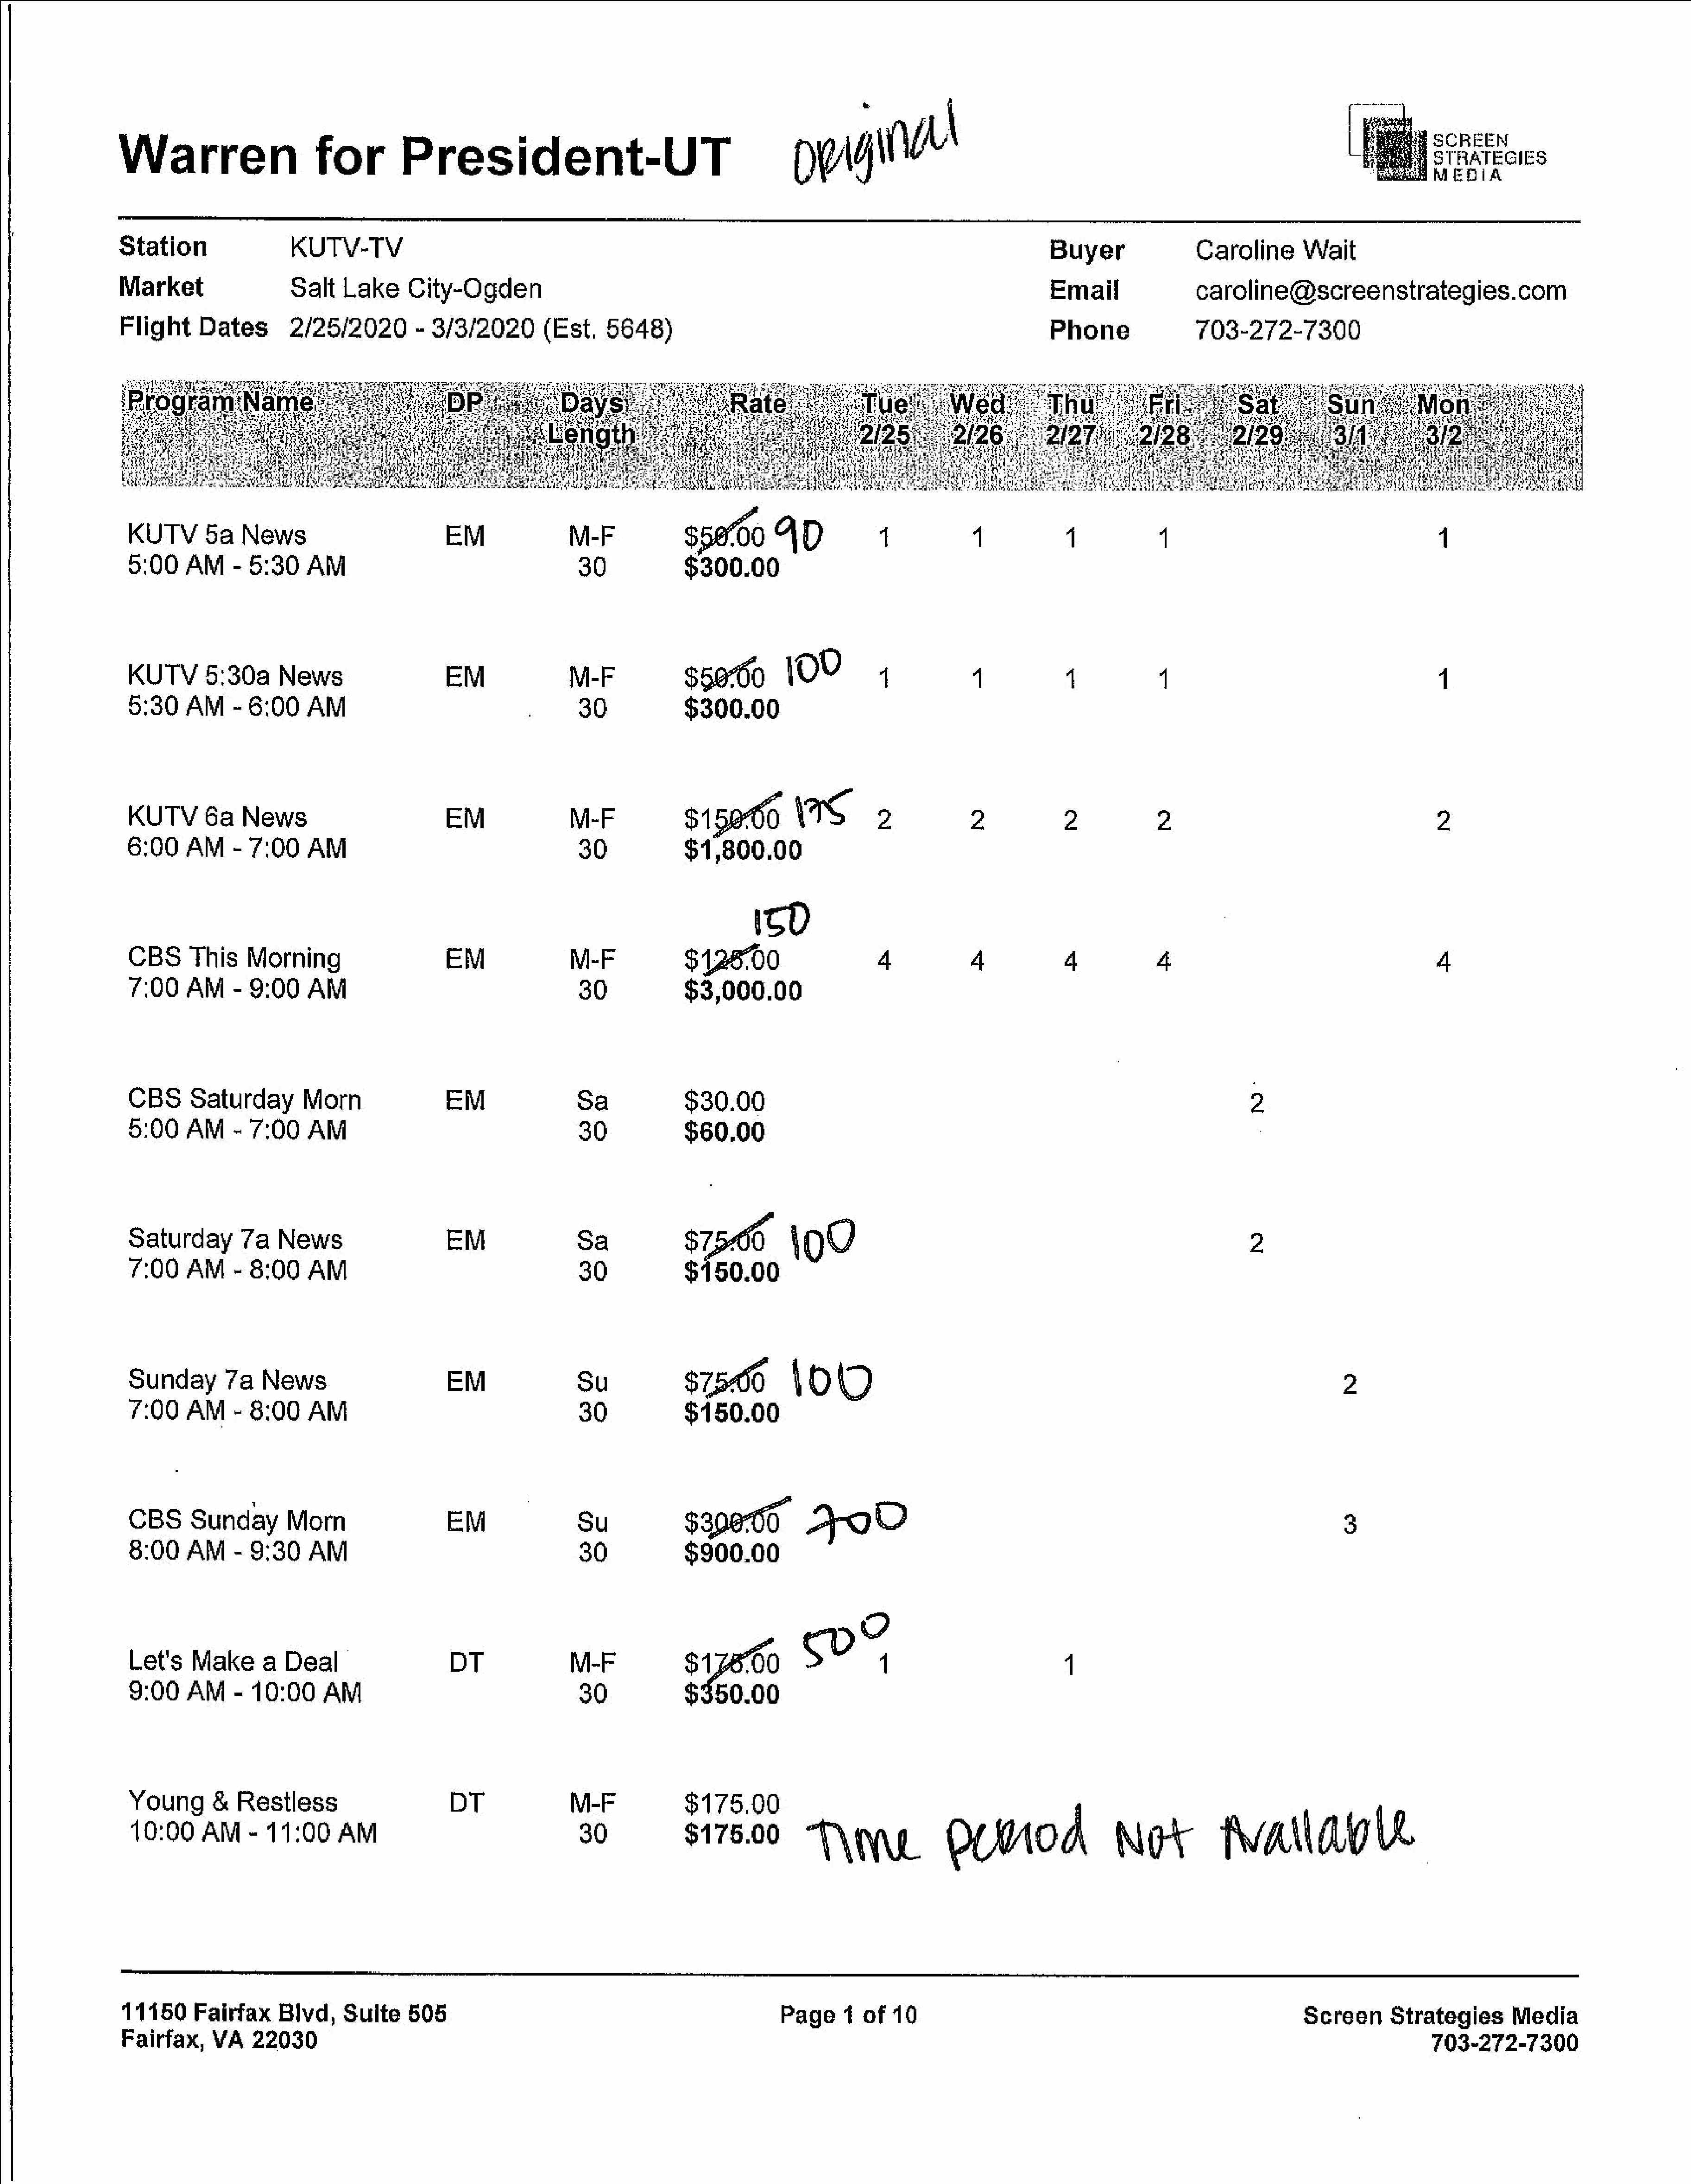
Warren                for                President-UT                                           pega
 Station                  KUTV-TV
 Buyer                Caroline       Wait
 Market                   Salt   Lake     City-Ogden                                                                                  Email                caroline@screenstrategies.com
 Flight      Dates       2/25/2020         -  3/3/2020        (Est.    5648)                                                          Phone                703-272-7300
 s@004D                      1            #1           #1            «4                                      1
 KUTV       5a    News                         EM
 5:00     AM    -  5:30    AM
 $300.00
 s5e%0         100
 KUTV       5:30a      News                    EM
 $300.00
 5:30     AM    -  6:00    AM
 $15000          VIS
 KUTV       6a    News                         EM
 6:00     AM    -  7:00    AM                                                    $1,800.00
 sD
 CBS      This    Morning                      EM                                $1280                      4             4            4            4                                       4
 7:00     AM    -  9:00    AM                                                    $3,000.00
 $30.00                                                                           2
 CBS      Saturday        Morn                 EM                 Sa
 $60.00
 5:00     AM    -  7:00    AM                                     30
 0°
 Saturday        7a    News                    EM                 Sa
 7:00     AM    -  8:00    AM
 30
 ssa            1OID                                                                           2
 Sunday        7a    News                      EM                 Su
 7:00     AM    -  8:00    AM                                     30             $150.00
 CBS      Sunday        Morn                   EM                 Su             $30800                     O                                                                  3
 $900.00          Ape
 8:00     AM    -  9:30    AM                                     30
 Oo
 sya              gu"                                  1
 Let's    Make      a  Deal                   DT
 9:00     AM    -  10:00     AM
 $350.00
 Young       &   Restless                      DT                                $175.00
 10:00     AM     - 11:00     AM
 $175.00          Tint                QUA                     Not            fvallaue
 11150      Fairfax     Blvd,    Sulte    505                                                   Page     1 of   10                                                        Screen       Strategies       Media
 Fairfax,     VA    22030
 703-272-7300
 era
 Nn
 =
 N
 =
 Nn
 a
 pN
 =
 N